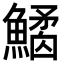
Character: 𩻎